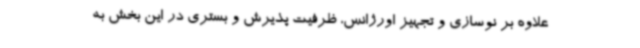
علاوه بر نوسازی و تجهیز اورژانس، ظرفیت پذیرش و بستری در این بخش به